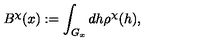
B ^ { \chi } ( x ) : = \int _ { G _ { x } } d h \rho ^ { \chi } ( h ) ,